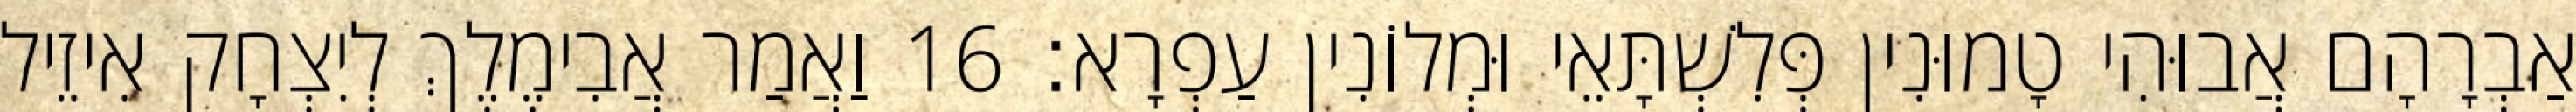
אַבְרָהָם אֲבוּהִי טָמוּנִין פְּלִשְׁתָּאֵי וּמְלוֹנִין עַפְרָא׃ 16 וַאֲמַר אֲבִימֶלֶךְ לְיִצְחָק אִיזֵיל